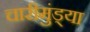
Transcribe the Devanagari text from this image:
चारीमुंड्या